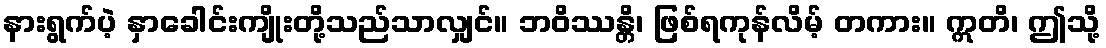
နားရွက်ပဲ့ နှာခေါင်းကျိုးတို့သည်သာလျှင်။ ဘဝိဿန္တိ၊ ဖြစ်ရကုန်လိမ့် တကား။ ဣတိ၊ ဤသို့